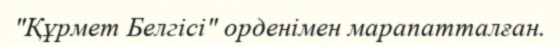
"Құрмет Белгісі" орденімен марапатталған.